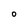
Character: 0